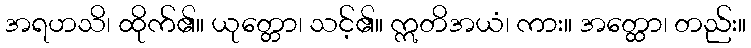
အရဟသိ၊ ထိုက်၏။ ယုတ္တော၊ သင့်၏။ ဣတိအယံ၊ ကား။ အတ္ထော၊ တည်း။